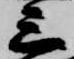
三